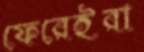
ফেরেইরা